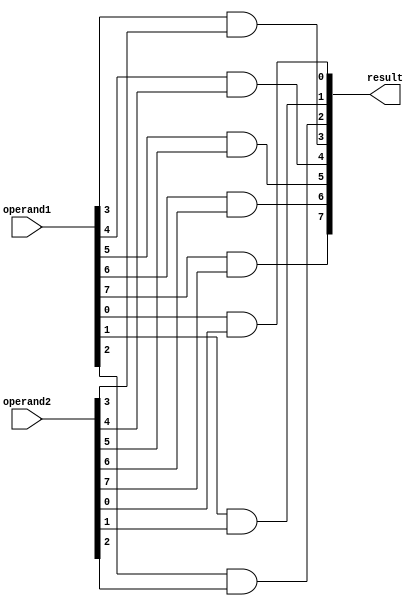
`timescale 1ns/1ns

module AND8(output[7:0] result, input[7:0] operand1, operand2); //This module is to perform AND for two 8 bit inputs.

    //and of each bit of two operands are performed to get the output.

    and (result[0], operand1[0], operand2[0]);
    and (result[1], operand1[1], operand2[1]);
    and (result[2], operand1[2], operand2[2]);
    and (result[3], operand1[3], operand2[3]);
    and (result[4], operand1[4], operand2[4]);
    and (result[5], operand1[5], operand2[5]);
    and (result[6], operand1[6], operand2[6]);
    and (result[7], operand1[7], operand2[7]);

endmodule